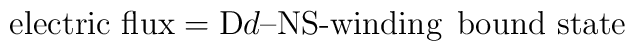
\mbox{electric flux} = {\rm D}d\mbox{--NS-winding} \;\,\mbox{bound state}